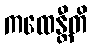
ကထေန္တီတိ